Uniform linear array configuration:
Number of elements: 12
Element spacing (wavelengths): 1
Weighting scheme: cosine
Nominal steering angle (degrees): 15
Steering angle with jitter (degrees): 16.606
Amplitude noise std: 0.05
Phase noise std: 0.05

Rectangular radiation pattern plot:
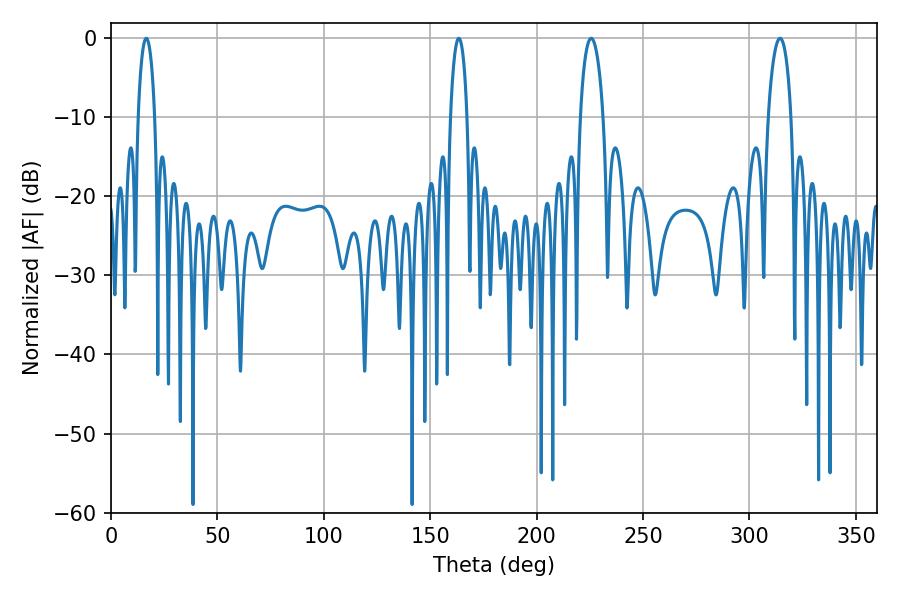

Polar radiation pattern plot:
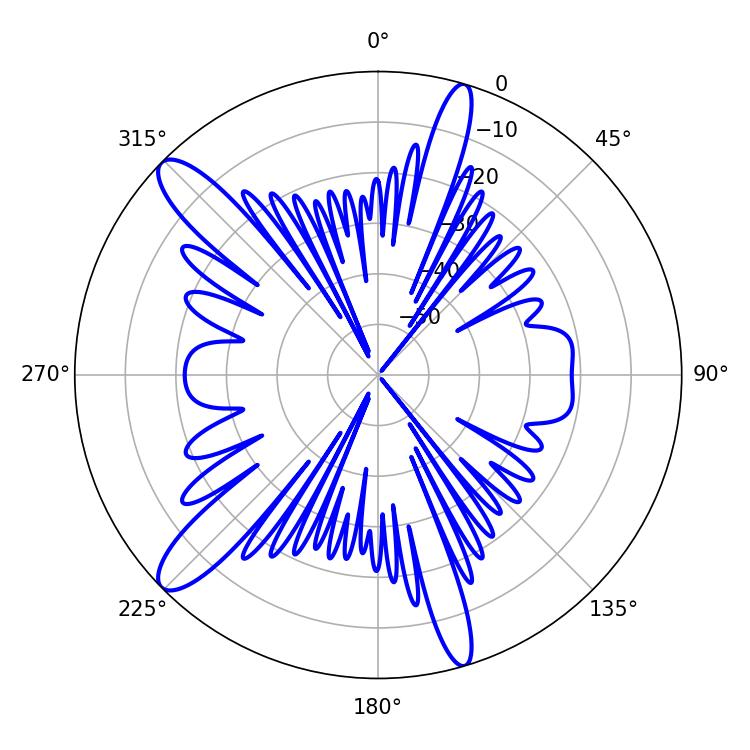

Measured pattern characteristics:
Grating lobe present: TRUE
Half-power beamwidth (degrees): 4.32
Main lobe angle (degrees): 16.56